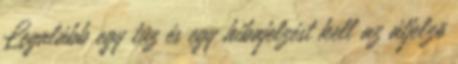
Legalább egy tûz és egy hibajelzést kell az átjelzõ